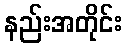
နည်းအတိုင်း